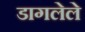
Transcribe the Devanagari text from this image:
डागलेले